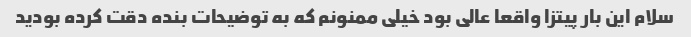
سلام این بار پیتزا واقعا عالی بود خیلی ممنونم که به توضیحات بنده دقت کرده بودید